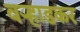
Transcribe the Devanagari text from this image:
वर्‍हाडकर